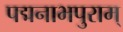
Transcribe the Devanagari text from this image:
पद्मनाभपुराम्